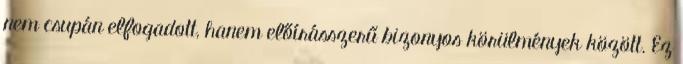
nem csupán elfogadott, hanem előírásszerű bizonyos körülmények között. Ez